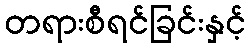
တရားစီရင်ခြင်းနှင့်